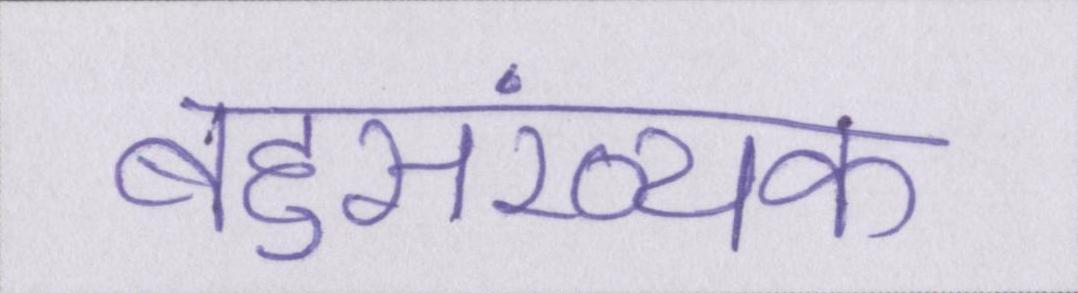
बहुसंख्यक